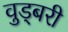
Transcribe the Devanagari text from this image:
वुड्बरी